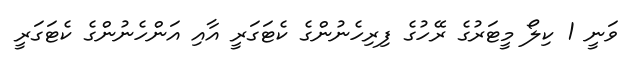
ވަނީ 1 ކިލޯ މީޓަރުގެ ރޭހުގެ ފިރިހެނުންގެ ކެޓަގަރީ އާއި އަންހެނުންގެ ކެޓަގަރީ